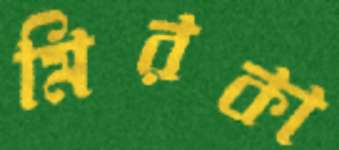
মিরকা